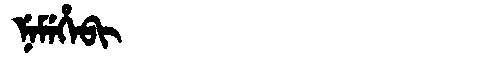
Manchu: ᠨᡝᠮᡝᡥᡝᠪᡳ
Romanization: NEMEHEBI